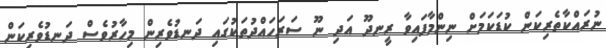
ނުރައްކާތެރިކަން ކުޑަކަމަށް ނިންމާފައިވާ ރީނދޫ އަދި ނޫ ސަރަހައްދުތަކުގައި ދަނޑުވެރިން މިހާރުވެސް ދަނޑުވެރިކަން